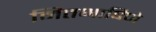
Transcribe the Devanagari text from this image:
मितभाषिणे